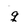
Character: g